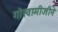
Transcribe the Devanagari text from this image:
गोस्वामीजीने